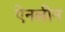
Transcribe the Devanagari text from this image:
ऐनलीन